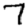
Digit: 7